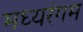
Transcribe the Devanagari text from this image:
मध्यरंगम